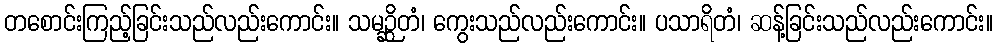
တစောင်းကြည့်ခြင်းသည်လည်းကောင်း။ သမဉ္ဆိတံ၊ ကွေးသည်လည်းကောင်း။ ပသာရိတံ၊ ဆန့်ခြင်းသည်လည်းကောင်း။